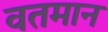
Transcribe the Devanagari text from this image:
वतमान